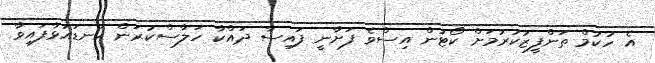
އެ ހުކުމް ތަންފީޒުކުރުމަށް ކޯޓުން އިސްވެ ފަށާނީ ފައިސާ ދައްކާ ހަލާސްކުރަން ކަނޑައަޅާފައިވާ